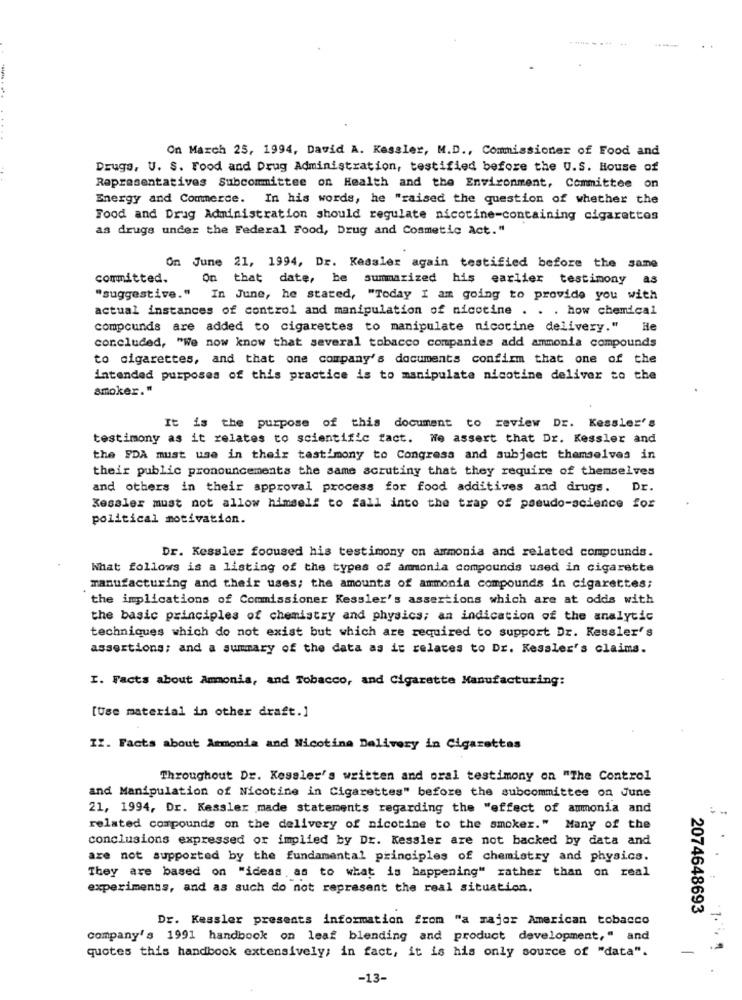
On March 25, 1994, David A. Kessler, M.D ., Commissioner of Food and
Drugs, U. S. Food and Drug Administration, testified before the U.S. House of
Representatives Subcommittee on Health and the Environment, Committee
on
Energy and Commerce. In his words, he "raised the question of whether the
Food and Drug Administration should regulate nicotine-containing cigarettes
as drugs under the Federal Food, Drug and Cosmetic Act."
On June 21, 1994, Dr. Kessler again testified before the same
committed.
On that date, he summarized his earlier testimony as
"suggestive." In June, he stated, "Today I am going to provide you with
actual instances of control and manipulation of nicotine . . . how chemical
compounds are added to cigarettes to manipulate nicotine delivery." He
concluded, "We now know that several tobacco companies add ammonia compounds
to cigarettes, and that one company's documents confirm that one of the
intended purposes of this practice is to manipulate nicotine deliver to the
smoker."
It is the purpose of this document to review Dr. Kessler's
testimony as it relates to scientific fact. We assert that Dr. Kessler and
the FDA must use in their testimony to Congress and subject themselves in
their public pronouncements the same scrutiny that they require of themselves
and others in their approval process for food additives and drugs. Dr.
Kessler must not allow himself to fall into the trap of pseudo-science for
political motivation.
Dr. Kessler fooused his testimony on ammonia and related compounds.
What follows is a listing of the types of ammonia compounds used in cigarette
manufacturing and their uses; the amounts of ammonia compounds in cigarettes;
the implications of Commissioner Kessler's assertions which are at odds with
the basic principles of chemistry and physics; an indication of the analytic
techniques which do not exist but which are required to support Dr. Kessler's
assertions; and a summary of the data as it relates to Dr. Kessler's claims.
I. Facts about Ammonia, and Tobacco, and Cigarette Manufacturing:
[Use material in other draft.]
II. Facts about Armonia and Nicotine Delivery in Cigarettes
Throughout Dr. Kessler's written and oral testimony on "The Control
and Manipulation of Nicotine in Cigarettes" before the subcommittee on June
21, 1994, Dr. Kessler made statements regarding the "effect of ammonia and
related compounds on the delivery of nicotine to the smoker." Many of the
conclusions expressed or implied by Dr. Kessler are not backed by data and
are not supported by the fundamental principles of chemistry and physics.
They are based on "ideas as to what is happening" rather than on real
experiments, and as such do not represent the real situation.
2074648693
Dr. Kessler presents information from "a major American tobacco
company's 1991 handbook on leaf blending and product development," and
1 ..
quotes this handbook extensively; in fact, it is his only source of "data".
-13-